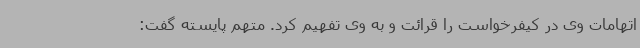
اتهامات وی در کیفرخواست را قرائت و به وی تفهیم کرد. متهم پایسته گفت: